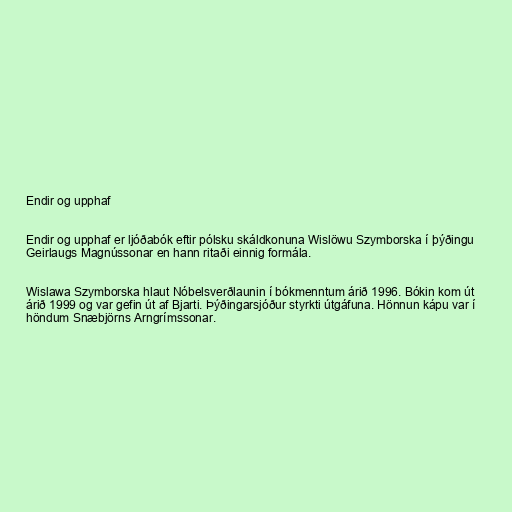
Endir og upphaf

Endir og upphaf er ljóðabók eftir pólsku skáldkonuna Wislöwu Szymborska í þýðingu
Geirlaugs Magnússonar en hann ritaði einnig formála.

Wislawa Szymborska hlaut Nóbelsverðlaunin í bókmenntum árið 1996. Bókin kom út
árið 1999 og var gefin út af Bjarti. Þýðingarsjóður styrkti útgáfuna. Hönnun kápu var í
höndum Snæbjörns Arngrímssonar.